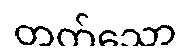
တက်သော